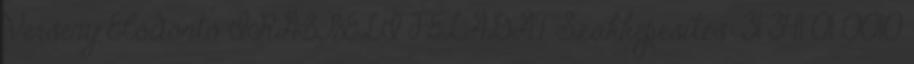
Verseny Elődöntő ÍRÁSBELI FELADAT Szakképesítés: 31 341 01 0010